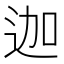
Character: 迦